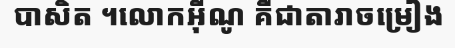
បាសិត ។លោកអ៊ីណូ គឺជាតារាចម្រៀង